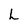
Character: L